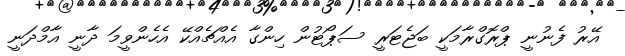
އޭރު ފެނުނީ ޕްރޮގްރާމަކީ ބަޖެޓަރީ ސަޕޯޓުން ހިންގާ އެއްޗެއްކޭ އެހެންވީމަ ދާނީ އާމްދަނީ